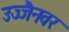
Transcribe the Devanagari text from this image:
उज्जैनवर